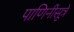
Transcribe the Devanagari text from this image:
पाणिनीसूत्रे